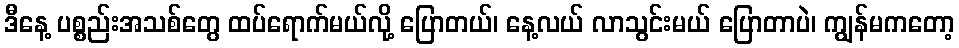
ဒီနေ့ ပစ္စည်းအသစ်တွေ ထပ်ရောက်မယ်လို့ ပြောတယ်၊ နေ့လယ် လာသွင်းမယ် ပြောတာပဲ၊ ကျွန်မကတော့